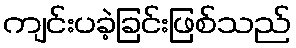
ကျင်းပခဲ့ခြင်းဖြစ်သည်